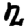
Digit: 2